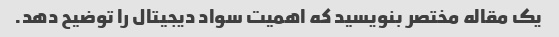
یک مقاله مختصر بنویسید که اهمیت سواد دیجیتال را توضیح دهد.